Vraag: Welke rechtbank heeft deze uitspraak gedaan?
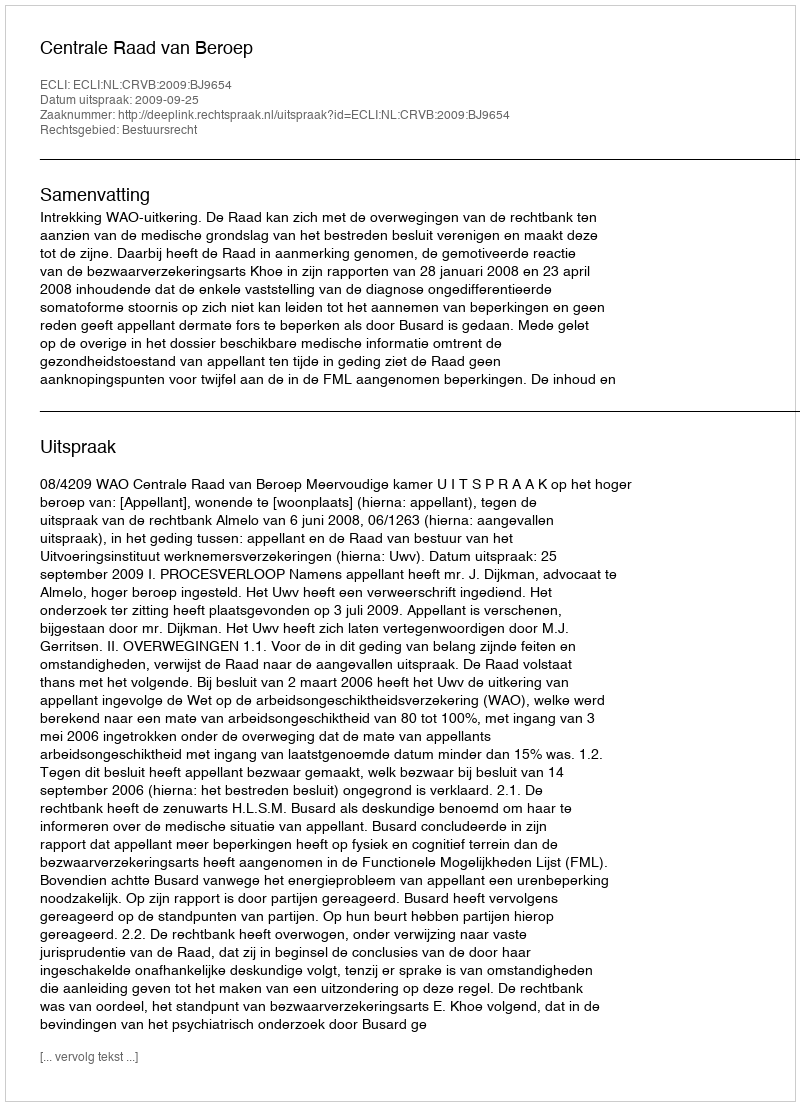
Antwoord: Centrale Raad van Beroep